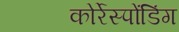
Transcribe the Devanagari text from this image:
कोर्रेस्पोंडिंग